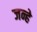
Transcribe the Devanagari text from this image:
जन्हे